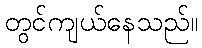
တွင်ကျယ်နေသည်။